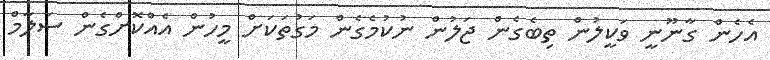
އެހެން ގާނޫނީ ވަކީލުން ތިބެގެން ޖަލުން ނުކުމެގެން މަގުތަކަށް މީހުން އެއްކޮށްގެން ސަލާމް